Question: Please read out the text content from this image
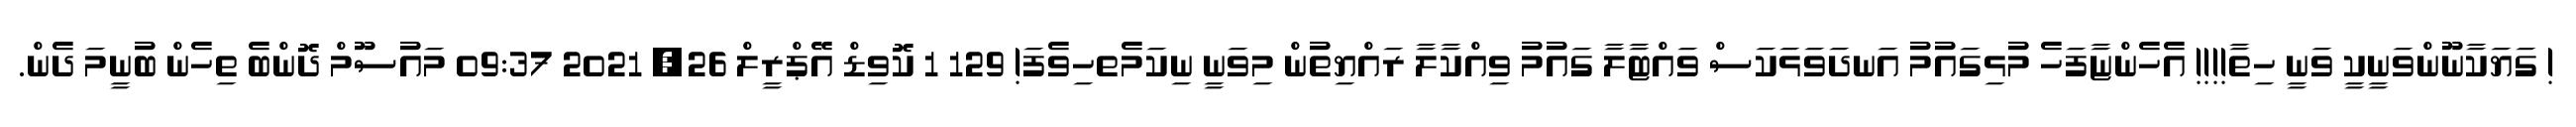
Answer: ! ގަޔަކާނޫންވަނީކީ ވަނީ ހިތާ!!!! އެހެންޏާފަހެ މުޅިގައުމު އަނދަވަޅަކަސް ވައްޓާލާ ގައުމު ވިއްކާލާ ރައްޔިތުން މިވަނީ ނިކަމެތހިވެފަ! 129 1 ކޮވިޑް އޭޕްރީލް 26, 2021 09:37 މައުސޫމް ދޮންބެ ތިހެން ބުނީމަ ދެން.